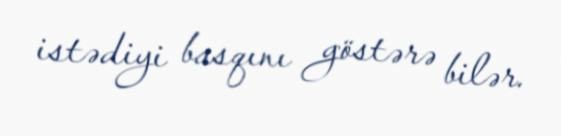
istədiyi basqını göstərə bilər.